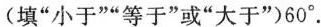
(填“小于”“等于”或“大于”)60^{\circ}.